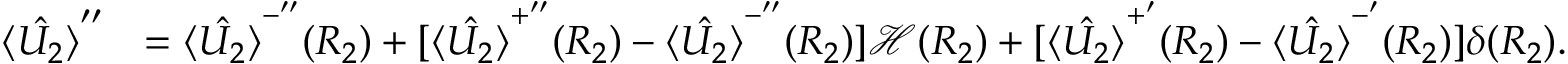
\begin{array} { r l } { \hat { \langle U _ { 2 } \rangle } ^ { \prime \prime } } & { = \hat { \langle U _ { 2 } \rangle } ^ { - ^ { \prime \prime } } ( R _ { 2 } ) + [ \hat { \langle U _ { 2 } \rangle } ^ { + ^ { \prime \prime } } ( R _ { 2 } ) - \hat { \langle U _ { 2 } \rangle } ^ { - ^ { \prime \prime } } ( R _ { 2 } ) ] \mathcal { H } ( R _ { 2 } ) + [ \hat { \langle U _ { 2 } \rangle } ^ { + ^ { \prime } } ( R _ { 2 } ) - \hat { \langle U _ { 2 } \rangle } ^ { - ^ { \prime } } ( R _ { 2 } ) ] \delta ( R _ { 2 } ) . } \end{array}